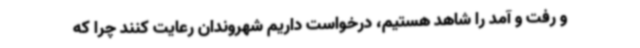
و رفت و آمد را شاهد هستیم، درخواست داریم شهروندان رعایت کنند چرا که